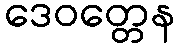
ဒေဝတ္တေန